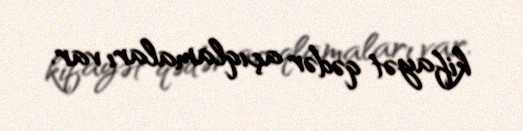
kifayət qədər açıqlamaları var.